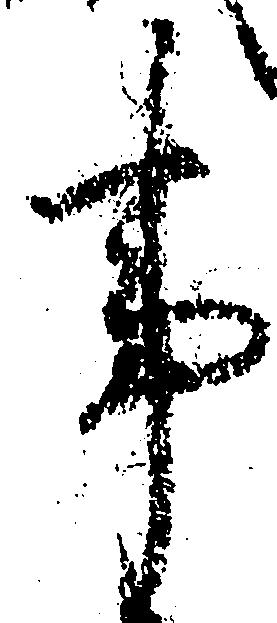
事